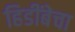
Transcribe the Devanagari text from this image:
हिडींबेचा